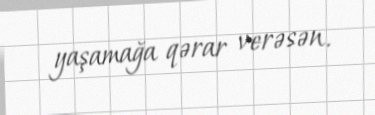
yaşamağa qərar verəsən.